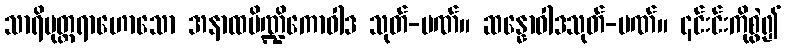
သာရိပုတ္တရာဟောသော အနာထပိဏ္ဍိကောဝါဒ သုတ်-ပဏ်။ ဆန္နောဝါဒသုတ်-ပဏ်။ ၎င်းင်းကိုစွဲ၍